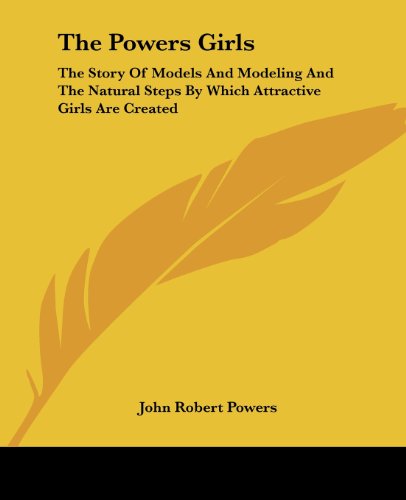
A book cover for The Powers Girls: The Story Of Models And Modeling And The Natural Steps By Which Attractive Girls Are Created; John Robert Powers; Arts & Photography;